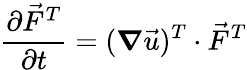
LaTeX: \frac{\partial\vec{F}^{T}}{\partial t}=(\boldsymbol{\nabla}\vec{u})^{T}\cdot\vec{F}^{T}